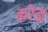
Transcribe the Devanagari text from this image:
करेइ।